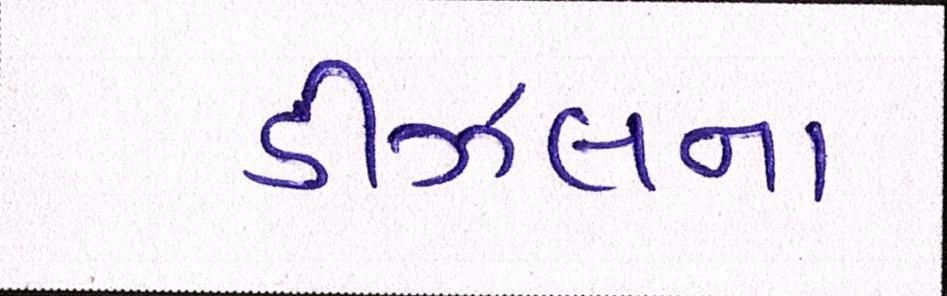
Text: ડીઝલના